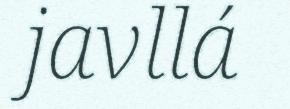
javllá